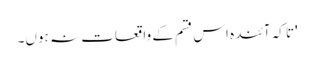
'تا کہ آئندہ اس قسم کے واقعات نہ ہوں۔